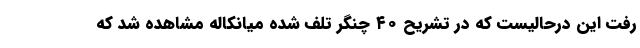
رفت این درحالیست که در تشریح ۴۰ چنگر تلف شده میانکاله مشاهده شد که